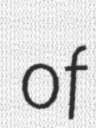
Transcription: of